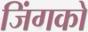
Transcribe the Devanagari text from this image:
जिंगको